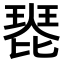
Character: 𤧰